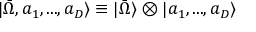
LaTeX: | \bar { \Omega } , a _ { 1 } , . . . , a _ { D } \rangle \equiv | \bar { \Omega } \rangle \otimes | a _ { 1 } , . . . , a _ { D } \rangle